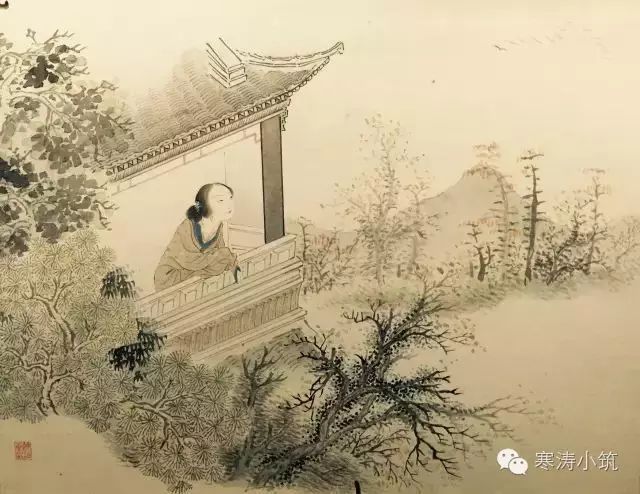
无言独上西楼，月如钩。